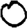
Digit: 0